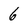
Character: 6